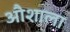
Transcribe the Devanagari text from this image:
औशाला